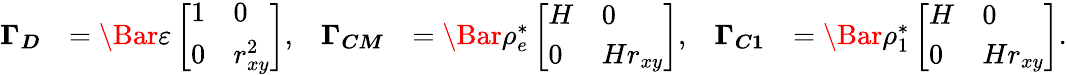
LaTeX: \begin{array}{rlrlrl}{\boldsymbol{\Gamma_{D}}}&{=\Bar{\varepsilon}\left[\begin{array}{ll}{1}&{0}\\ {0}&{r_{xy}^{2}}\end{array}\right],}&{\boldsymbol{\Gamma_{CM}}}&{=\Bar{\rho_{e}^{*}}\left[\begin{array}{ll}{H}&{0}\\ {0}&{Hr_{xy}}\end{array}\right],}&{\boldsymbol{\Gamma_{C1}}}&{=\Bar{\rho_{1}^{*}}\left[\begin{array}{ll}{H}&{0}\\ {0}&{Hr_{xy}}\end{array}\right].}\end{array}